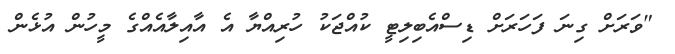
"ވަރަށް ގިނަ ފަހަރަށް ޑިސްއެބިލިޓީ ކުއްޖަކު ހުރިއްޔާ އެ އާއިލާއެއްގެ މީހުން އުޅެން